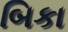
બિકા